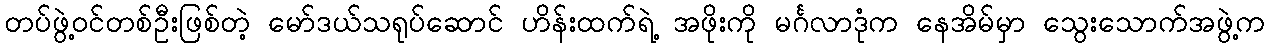
တပ်ဖွဲ့ဝင်တစ်ဦးဖြစ်တဲ့ မော်ဒယ်သရုပ်ဆောင် ဟိန်းထက်ရဲ့ အဖိုးကို မင်္ဂလာဒုံက နေအိမ်မှာ သွေးသောက်အဖွဲ့က